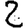
Digit: 2